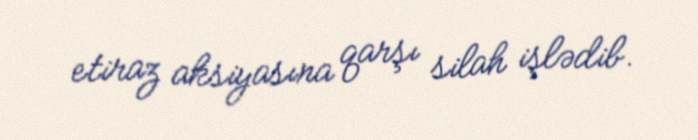
etiraz aksiyasına qarşı silah işlədib.